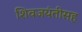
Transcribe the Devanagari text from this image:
शिवजयंतीसह